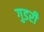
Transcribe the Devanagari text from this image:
गुडरी